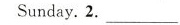
Sunday.2.___